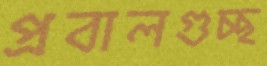
প্রবালগুচ্ছ